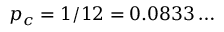
p _ { c } = 1 / 1 2 = 0 . 0 8 3 3 \ldots